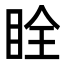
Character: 䀬